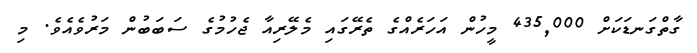
ގާތްގަނޑަކަށް 435